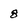
Character: 8